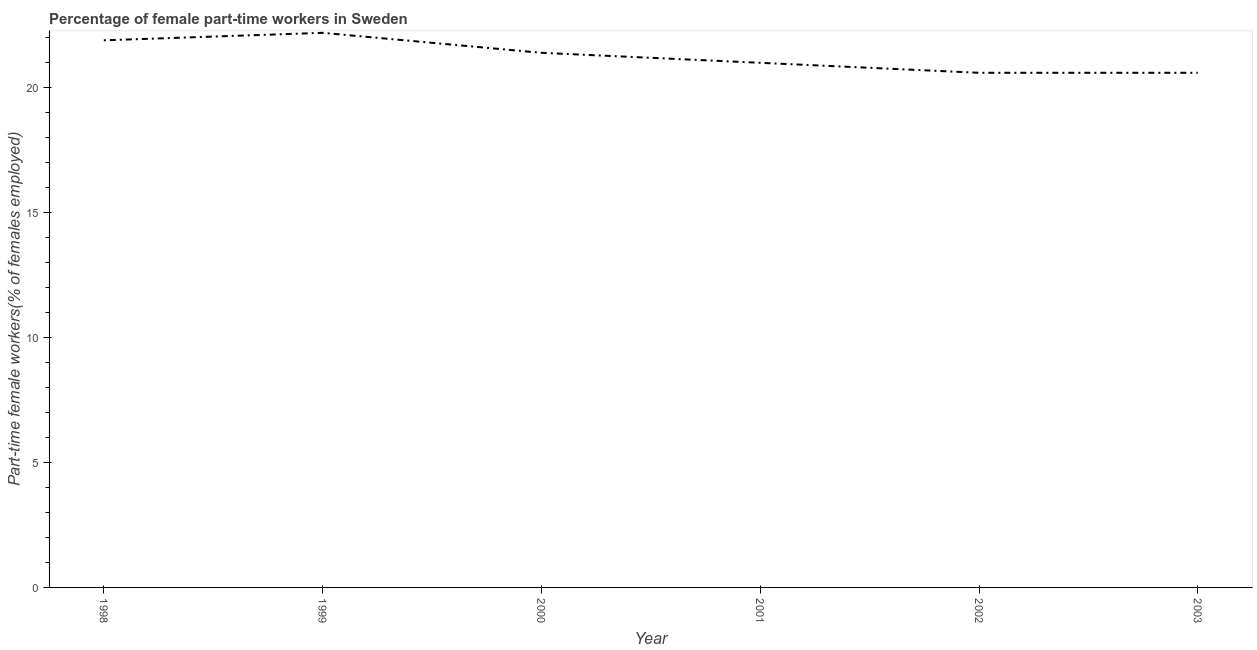
| Year | Part time employment |
 | --- | --- |
 | 1998 | 21.9 |
 | 1999 | 22.2 |
 | 2000 | 21.4 |
 | 2001 | 21 |
 | 2002 | 20.6 |
 | 2003 | 20.6 |